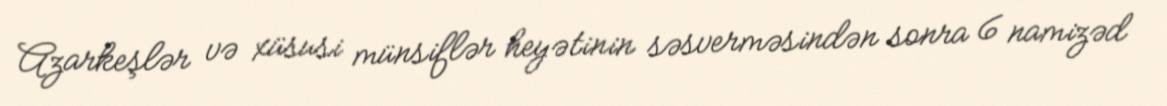
Azarkeşlər və xüsusi münsiflər heyətinin səsverməsindən sonra 6 namizəd